Indian Civil Veterinary Department memoirs
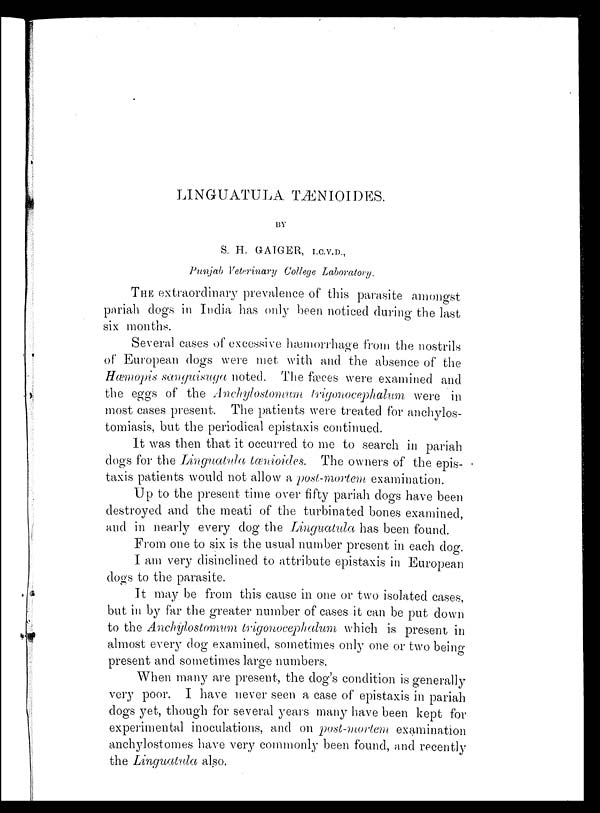
LINGUATULA TÆNIOIDES.
BY
S. H. GAIGER, I.C.V.D.,
Punjab Veterinary College Laboratory.
THE extraordinary prevalence of this parasite amongst
pariah dogs in India has only been noticed during the last
six months.
Several cases of excessive hæmorrhage from the nostrils
of European dogs were met with and the absence of the
Hæmopis sanguisuga noted. The fæces were examined and
the eggs of the Anchylostomum trigonocephalum were in
most cases present. The patients were treated for anchylos-
tomiasis, but the periodical epistaxis continued.
It was then that it occurred to me to search in pariah
dogs for the Linguatula tænioides.
The owners of the epis-
taxis patients would not allow a post-mortem examination.
Up to the present time over fifty pariah dogs have been
destroyed and the meati of the turbinated bones examined,
and in nearly every dog the Linguatula has been found.
From one to six is the usual number present in each dog.
I am very disinclined to attribute epistaxis in European
dogs to the parasite.
It may be from this cause in one or two isolated cases,
but in by far the greater number of cases it can be put down
to the Anchylostomum trigonocephalum which is present in
almost every dog examined, sometimes only one or two being
present and sometimes large numbers.
When many are present, the dog's condition is generally
very poor. I have never seen a case of epistaxis in pariah
dogs yet, though for several years many have been kept for
experimental inoculations, and on post-mortem examination
anchylostomes have very commonly been found, and recently
the Linguatula also.